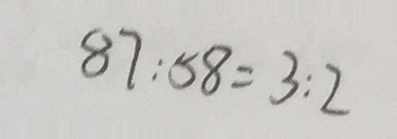
8 7 : 5 8 = 3 : 2